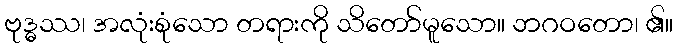
ဗုဒ္ဓဿ၊ အလုံးစုံသော တရားကို သိတော်မူသော။ ဘဂဝတော၊ ၏။